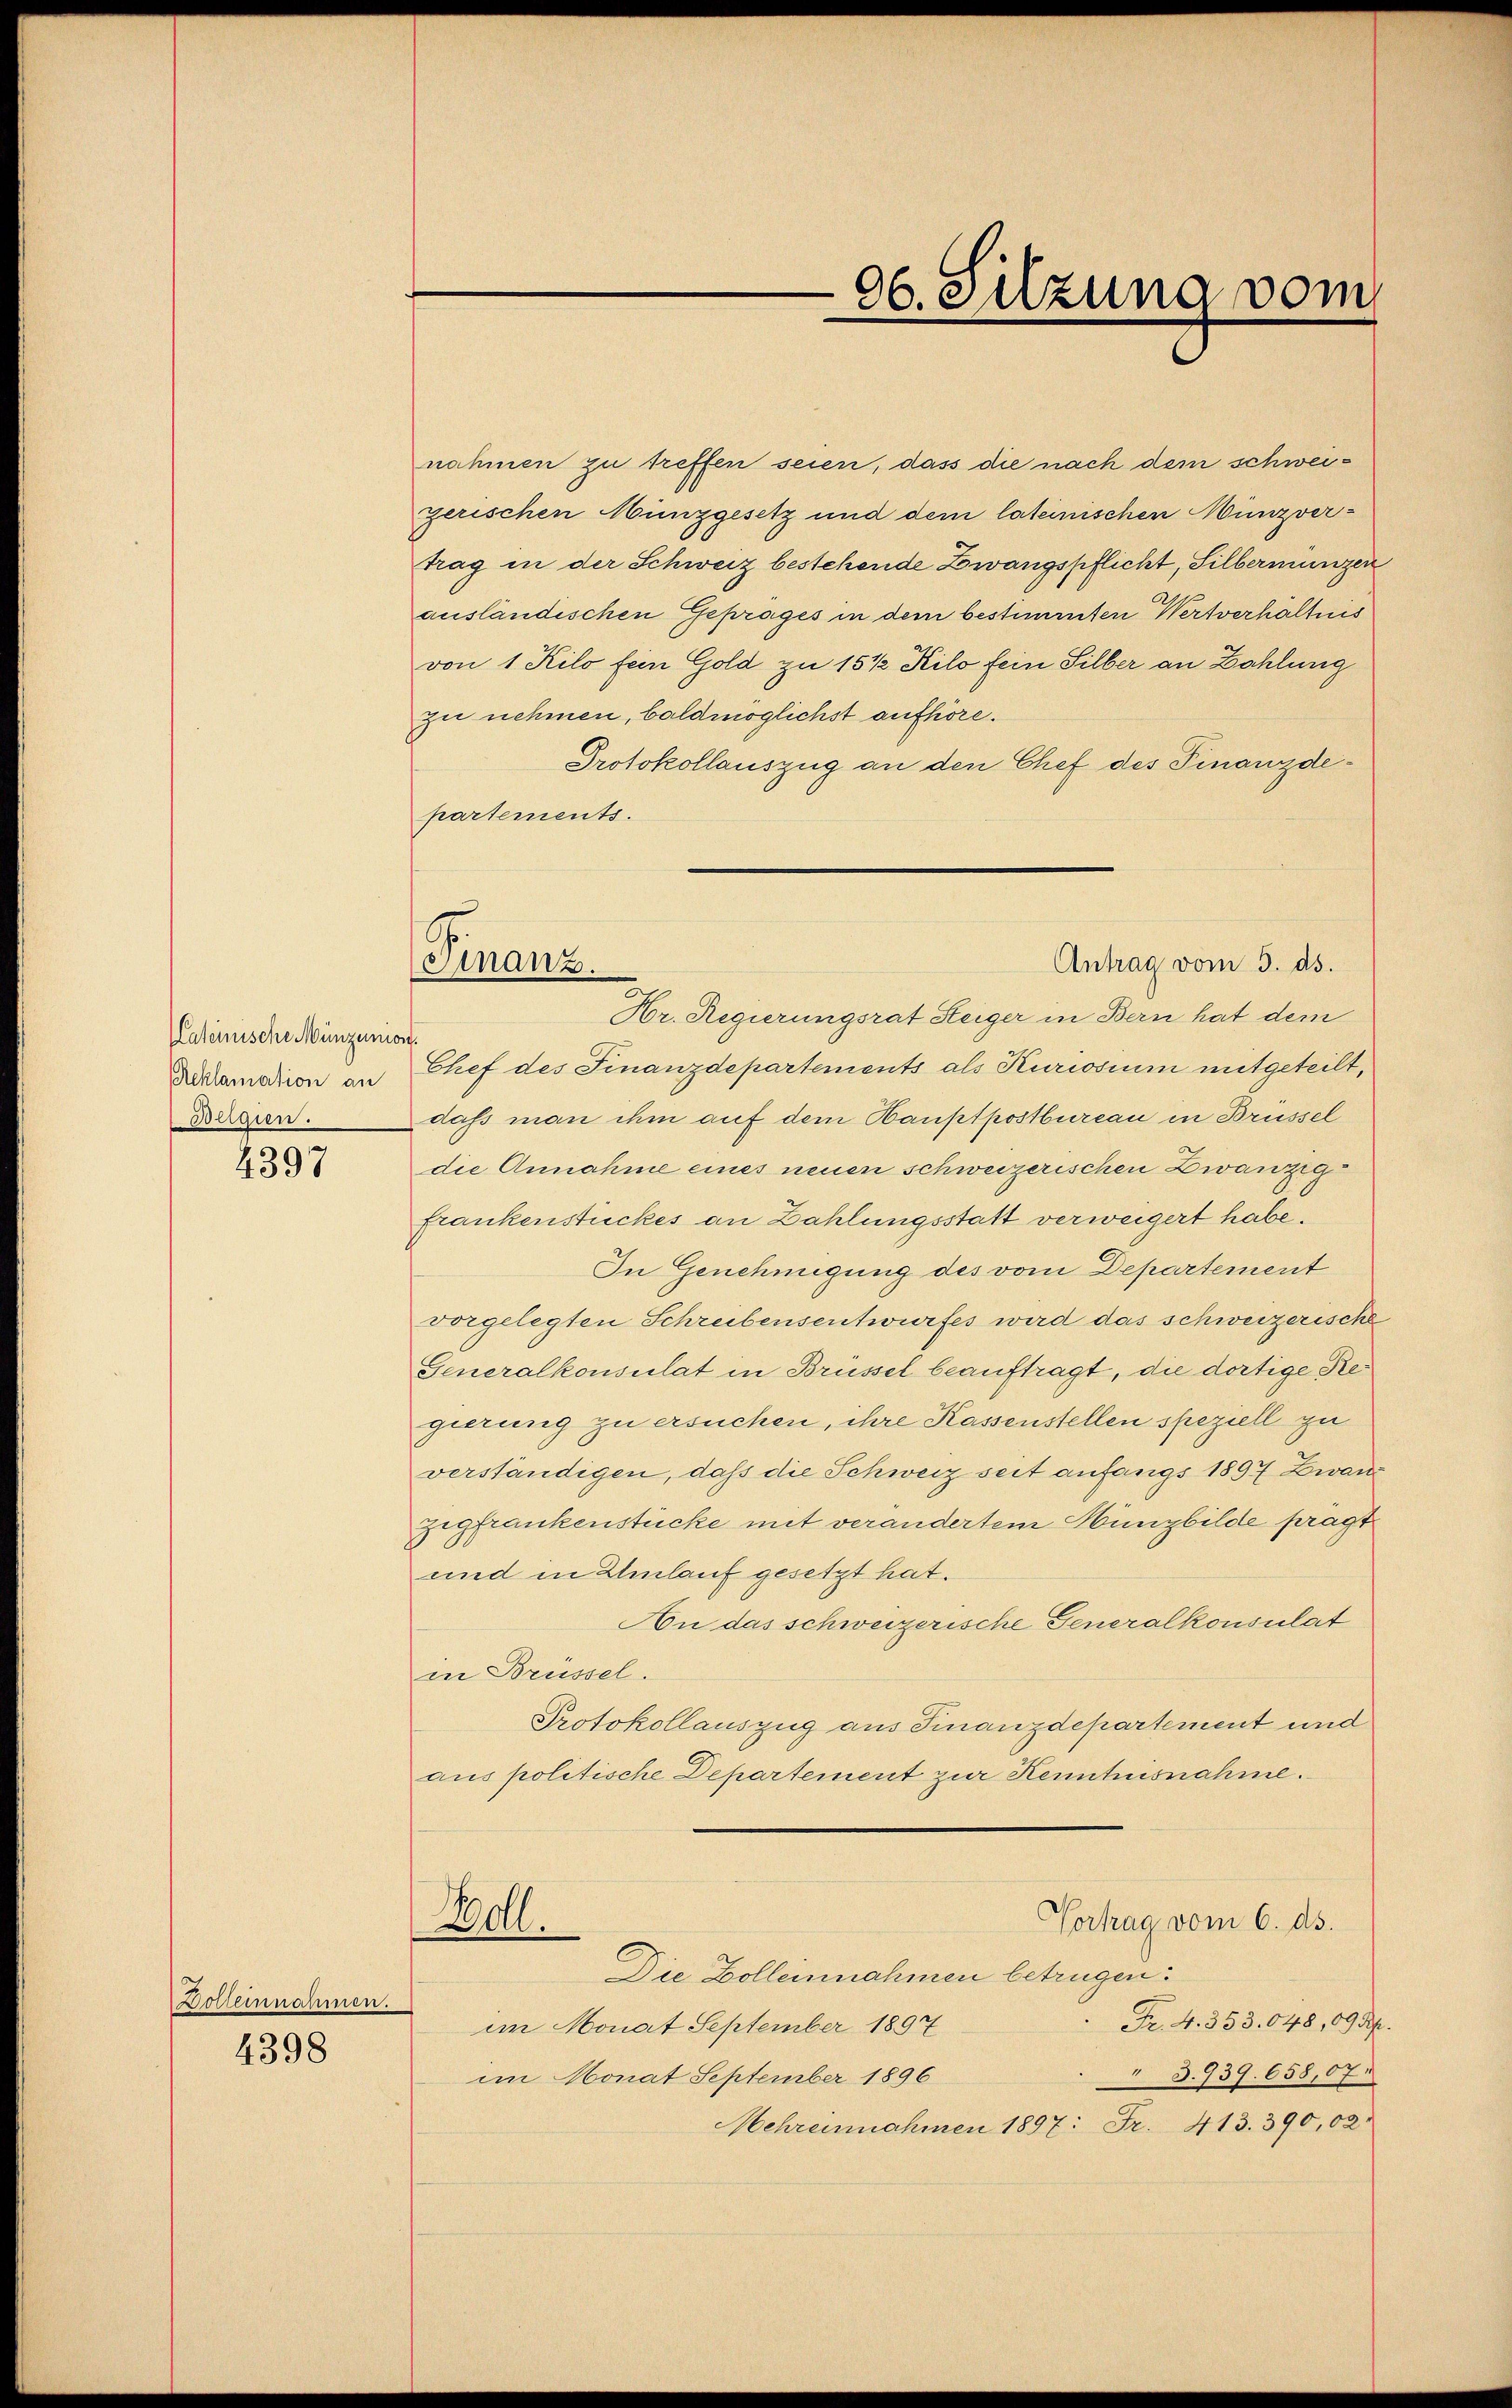
Cateinische Münzenon
Reklamation an
Belgien.

4397

Dolleinnahmen.

4398

nahmen zu treffen seien, dass die nach dem schweizerischen Münzgesetz und dem lateinischen Munzvertrag in der Schweiz bestehende Zwangspflicht, Silbermungen
ausländischen Geprages in dem bestimmten Wertverhältnis
von 1 Kilo fein Gold zu 15 ½ Kilo fein Silber an Zahlung
zu nehmen, baldmöglichst aufhöre.
Protokollauszug an den Chef des Finanzdepartements.

Chef des Finanzdepartements als Kuriosium mitgeteilt,
daß man ihm auf dem Hauptpostbureau in Brüssel
die Annahme eines neuen schweizerischen Zwanzig
Frankenstückes an Zahlungsstatt verweigert habe.
In Genehmigung des vom Departement
vorgelegten Schreibensentwurfes wird das schweizerische
Generalkonsulat in Brüssel beauftragt, die dortige Regierung zu ersuchen, ihre Kassenstellen speziell zu
verständigen, daß die Schweiz seit anfangs 1897 Zwanz
Zigfrankenstücke mit verändertem Hunzbilde prägt.
und in Einlauf gesetzt hat.
An das schweizerische Generalkonsulat
in Brüssel.
Protokollauszug aus Finanzdepartement und
aus politische Departement zur Kenntusnahme.
Vortrag vom 6. ds.
Boll.
Die Bolleinnahmen betrügen:
Fr. 4. 353. 648, 09 Rp.
im Monat September 1897
3.939. 658,07
im Monat September 1896
Mehrennahmen 1897: Fr. 413. 390,02.

06. Silzuna vom

Antrag vom 5. ds.
Finanz.
Hr. Regierungsrat Heiger in Bern hat dem